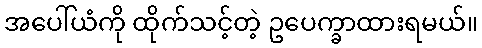
အပေါ်ယံကို ထိုက်သင့်တဲ့ ဥပေက္ခာထားရမယ်။